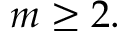
m \ge 2 .